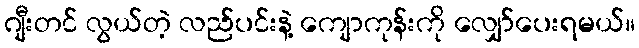
ဂျီးတင် လွယ်တဲ့ လည်ပင်းနဲ့ ကျောကုန်းကို လျှော်ပေးရမယ်။